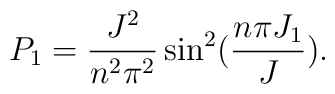
P_1 =   \frac{J^2}{n^2 \pi^2} \sin^2(\frac{n \pi  J_1}{J}).